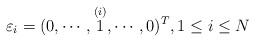
LaTeX: \begin{align*}\varepsilon_i=(0,\cdots, \overset{(i)}{1},\cdots, 0)^T, 1 \leq i \leq N \end{align*}